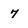
Character: 7